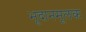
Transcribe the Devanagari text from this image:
भूदानमूलक